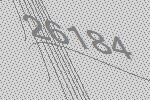
26184